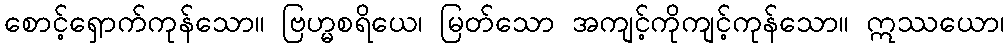
စောင့်ရှောက်ကုန်သော။ ဗြဟ္မစရိယေ၊ မြတ်သော အကျင့်ကိုကျင့်ကုန်သော။ ဣဿယော၊